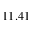
1 1 . 4 1